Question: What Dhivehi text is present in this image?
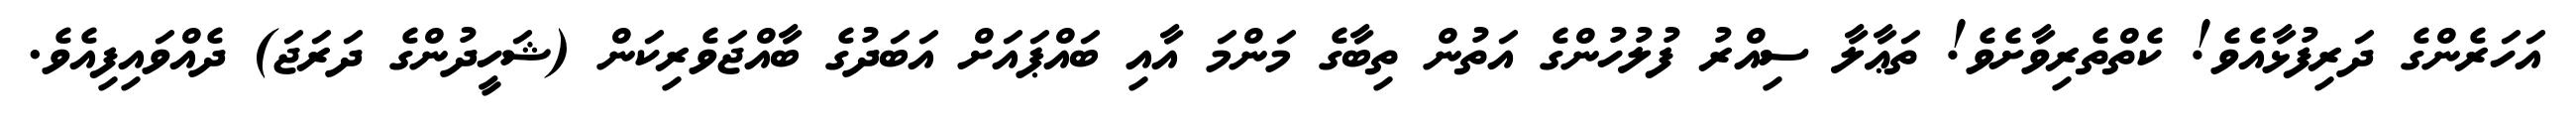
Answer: އަހަރެންގެ ދަރިފުޅާއެވެ! ކެތްތެރިވާށެވެ! ތަޢާލާ ސިއްރު ފުލުހުންގެ އަތުން ތިބާގެ މަންމަ އާއި ބައްޕައަށް އަބަދުގެ ބާއްޖަވެރިކަން (ޝަހީދުންގެ ދަރަޖަ) ދެއްވައިފިއެވެ.